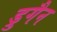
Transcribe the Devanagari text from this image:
ड्रुगैन